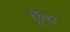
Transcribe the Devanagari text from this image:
ऐंवर